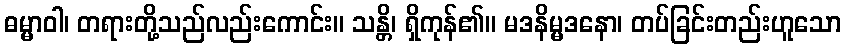
ဓမ္မာဝါ၊ တရားတို့သည်လည်းကောင်း။ သန္တိ၊ ရှိကုန်၏။ မဒနိမ္မဒနော၊ တပ်ခြင်းတည်းဟူသော